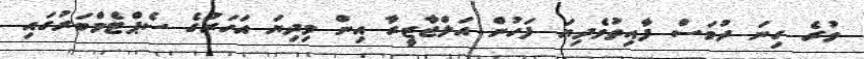
ވުރެ ގިނަ ދުވަސް ފާއިތުވެދިޔަ ފަހުން އަލްޖާޒީރާ އިން މިދިޔަ އަހަރުގެ ސެޕްޓެމްބަރުގައި